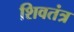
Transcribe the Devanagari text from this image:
शिवतंत्र